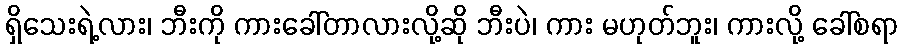
ရှိသေးရဲ့လား၊ ဘီးကို ကားခေါ်တာလားလို့ဆို ဘီးပဲ၊ ကား မဟုတ်ဘူး၊ ကားလို့ ခေါ်စရာ